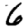
Digit: 6